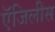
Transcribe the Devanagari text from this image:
ऍजिलीस